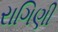
રાગિણી